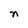
Character: n